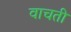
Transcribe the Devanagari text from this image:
वाचती